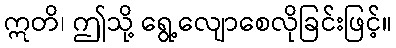
ဣတိ၊ ဤသို့ ရွေ့လျောစေလိုခြင်းဖြင့်။